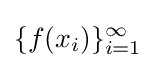
\{f(x_{i})\}_{i=1}^{\infty }